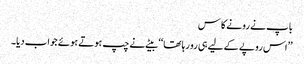
باپ نے رونے کا س
’’اس روپے کے لیے ہی رو رہا تھا‘‘ بیٹے نے چپ ہوتے ہوئے جواب دیا۔